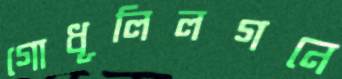
গোধূলিলগনে